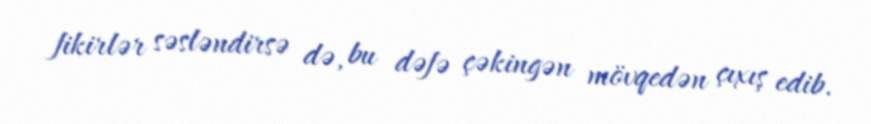
fikirlər səsləndirsə də, bu dəfə çəkingən mövqedən çıxış edib.